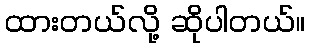
ထားတယ်လို့ ဆိုပါတယ်။